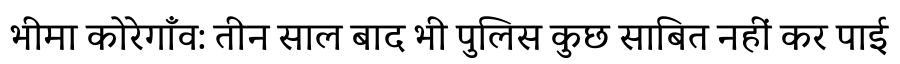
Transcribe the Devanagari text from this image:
भीमा कोरेगाँव: तीन साल बाद भी पुलिस कुछ साबित नहीं कर पाई